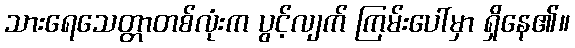
သားရေသေတ္တာတစ်လုံးက ပွင့်လျက် ကြမ်းပေါ်မှာ ရှိနေ၏။